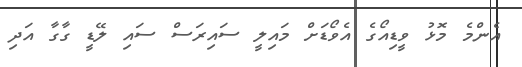
އެންމެ މޮޅު ވީޑިއޯގެ އެވޯޑަށް މައިލީ ސައިރަސް ސައި ލޭޑީ ގާގާ އަދި